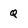
Character: Q